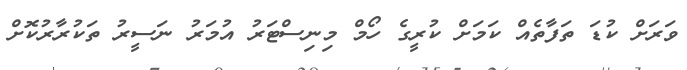
ވަރަށް ކުޑަ ތަފާތެއް ކަމަށް ކުރީގެ ހޯމް މިނިސްޓަރު އުމަރު ނަސީރު ތަކުރާރުކޮށް